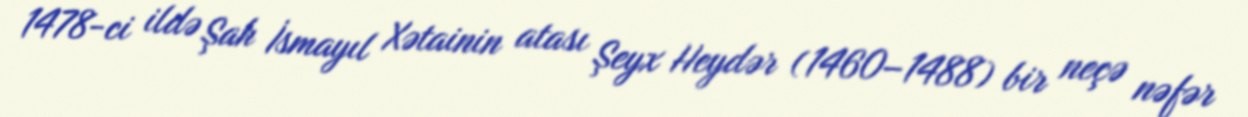
1478-ci ildə Şah İsmayıl Xətainin atası Şeyx Heydər (1460–1488) bir neçə nəfər